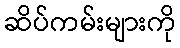
ဆိပ်ကမ်းများကို